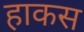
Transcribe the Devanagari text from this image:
हाकस